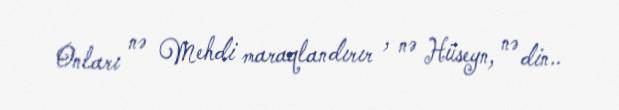
Onları nə Mehdi maraqlandırır , nə Hüseyn, nə din..